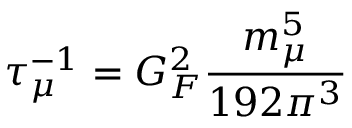
\tau _ { \mu } ^ { - 1 } = G _ { F } ^ { 2 } \frac { m _ { \mu } ^ { 5 } } { 1 9 2 \pi ^ { 3 } }